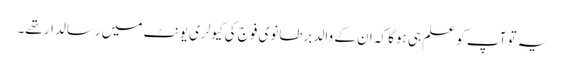
یہ تو آپ کو علم ہی ہوگا کہ ان کے والد برطانوی فوج کی کیولری یونٹ میں رسالدار تھے۔